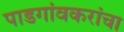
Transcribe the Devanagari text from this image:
पाडगांवकरांचा